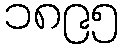
၁၈၉၅